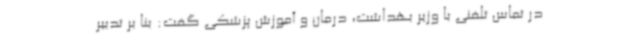
در تماس تلفنی با وزیر بهداشت، درمان و آموزش پزشکی گفت: بنا بر تدبیر